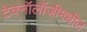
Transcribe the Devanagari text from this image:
टेक्नॉलॉजीमधील